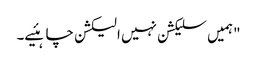
"ہمیں سلیکشن نہیں الیکشن چاہئیے۔